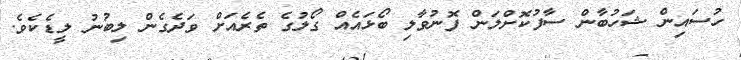
ހުސައިން ޝަހުބާން ސާފުކޮށްލަން ފޮނުވާލި ބޯޅައެއް ގޯލުގެ ތެރެއަށް ވަދެގެން ލިބުނު ލީޑެކެވެ.